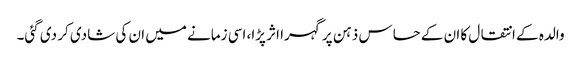
والدہ کے انتقال کا ان کے حساس ذہن پر گہرا اثر پڑا، اسی زمانے میں ان کی شادی کر دی گئی۔